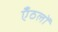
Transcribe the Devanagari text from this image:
एँठलों